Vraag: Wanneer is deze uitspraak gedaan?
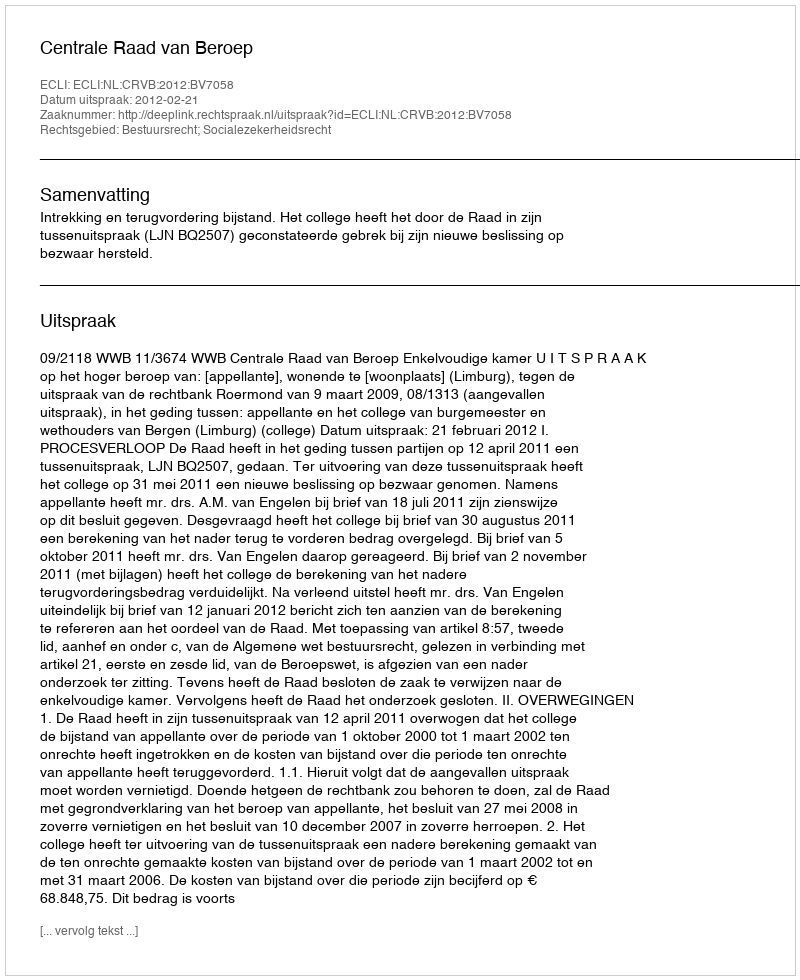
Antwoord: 2012-02-21